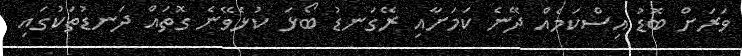
ވަރަށް ބޮޑު އިސްކަމެއް ދޭނެ ކަމަށާއި ރޭގަނޑު ބޯޅަ ކުޅެވޭނެ ގޮތައް ދަނޑުތަކުގައި